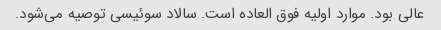
عالی بود. موارد اولیه فوق العاده است. سالاد سوئیسی توصیه می‌شود.